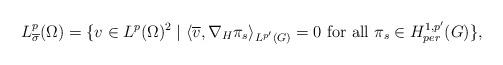
LaTeX: \begin{align*}L^p_{\overline{\sigma}}(\Omega)=\{v\in L^p(\Omega)^2 \mid \langle \overline{v}, \nabla_H \pi_s\rangle_{L^{p^{\prime}}(G)} = 0 \hbox{ for all } \pi_s \in H_{per}^{1,p^{\prime}}(G)\}, \end{align*}